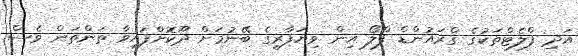
އަދި ފްލެޓްތަކުގެ ގްރައުންޑް ފްލޯ އިން ވިޔަފާރީގެ ބޭނުމަށް ދޫކޮށްފައިވާ ތަންތަން ވެސް